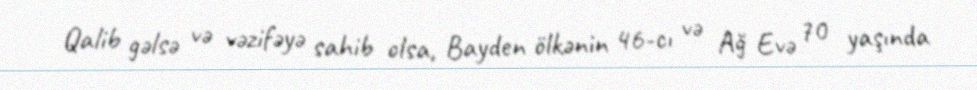
Qalib gəlsə və vəzifəyə sahib olsa, Bayden ölkənin 46-cı və Ağ Evə 70 yaşında